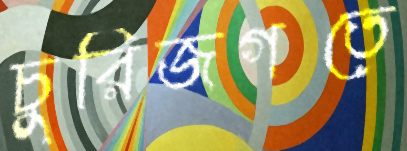
চুরিজগতে